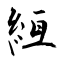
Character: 絚